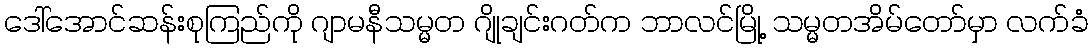
ဒေါ်အောင်ဆန်းစုကြည်ကို ဂျာမနီသမ္မတ ဂျိုချင်းဂတ်က ဘာလင်မြို့ သမ္မတအိမ်တော်မှာ လက်ခံ